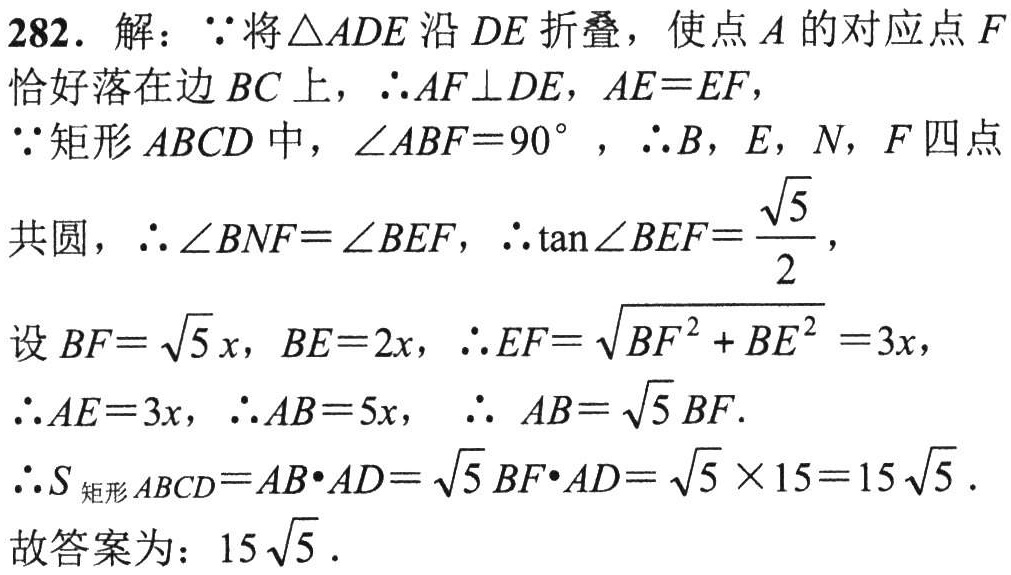
282. 解：\(\because\)将\(\triangle ADE\)沿\(DE\)折叠，使点\(A\)的对应点\(F\)恰好落在边\(BC\)上，\(\therefore AF\perp DE\)，\(AE = EF\)，

\(\because\)矩形\(ABCD\)中，\(\angle ABF = 90^{\circ}\)，\(\therefore B\)，\(E\)，\(N\)，\(F\)四点

共圆，\(\therefore \angle BNF=\angle BEF\)，\(\therefore \tan\angle BEF = \frac{\sqrt{5}}{2}\)，

设\(BF = \sqrt{5}x\)，\(BE = 2x\)，\(\therefore EF=\sqrt{BF^{2}+BE^{2}} = 3x\)，

\(\therefore AE = 3x\)，\(\therefore AB = 5x\)， \(\therefore AB=\sqrt{5}BF\).

\(\therefore S_{矩形ABCD}=AB\cdot AD=\sqrt{5}BF\cdot AD=\sqrt{5}\times15 = 15\sqrt{5}\).

故答案为：\(15\sqrt{5}\).